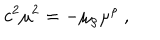
c ^ { 2 } \mu ^ { 2 } = - \mu _ { \rho } \mu ^ { \rho } \ ,